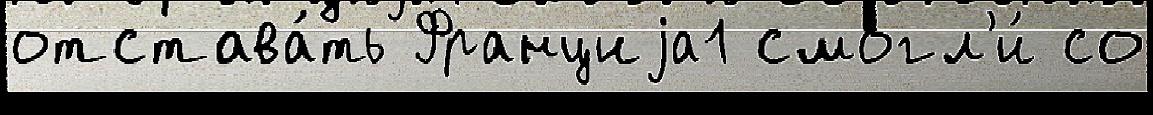
отстава́ть Франциjа1 смогл'и́ со